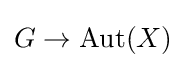
G\to \operatorname {Aut} (X)